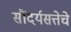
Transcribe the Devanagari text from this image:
सौंदर्यसत्तेचे